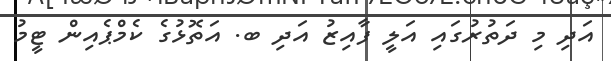
އަދި މި ދަތުރުގައި އަލީ ފާއިޒު އަދި ބ. އަތޮޅުގެ ކެމްޕެއިން ޓީމު